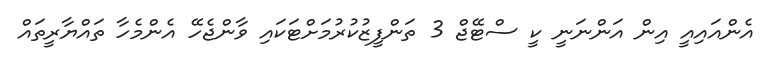
އެންއައިއީ އިން އަންނަނީ ކީ ސްޓޭޖް 3 ތަންފީޒުކުރުމަށްޓަކައި ވާންޖެހޭ އެންމެހާ ތައްޔާރީތައް